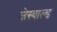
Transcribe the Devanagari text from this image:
जेस्वाल्ड